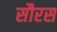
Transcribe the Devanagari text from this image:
सौरस